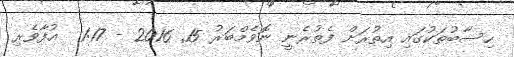
ހިސާބުތަކުގައި އިތުރަށް ފެތުރެނީ ނޮވެމްބަރު 15